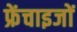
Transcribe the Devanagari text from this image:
फ्रेंचाइजों